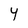
Character: Y